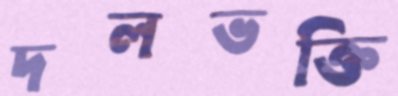
দলভক্তি